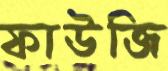
ফাউজি